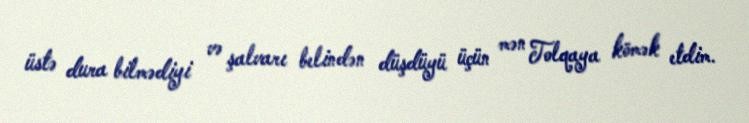
üstə dura bilmədiyi və şalvarı belindən düşdüyü üçün mən Tolqaya kömək etdim.